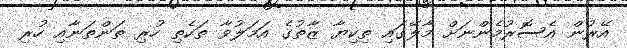
އޭރުން އެސޮރުމެންނަށް މާލޭގައި ތިކިޔާ ޒާތުގެ އަމަލުވާ ތަކެތި ހުރި ތަންތަނާއި ހުރި